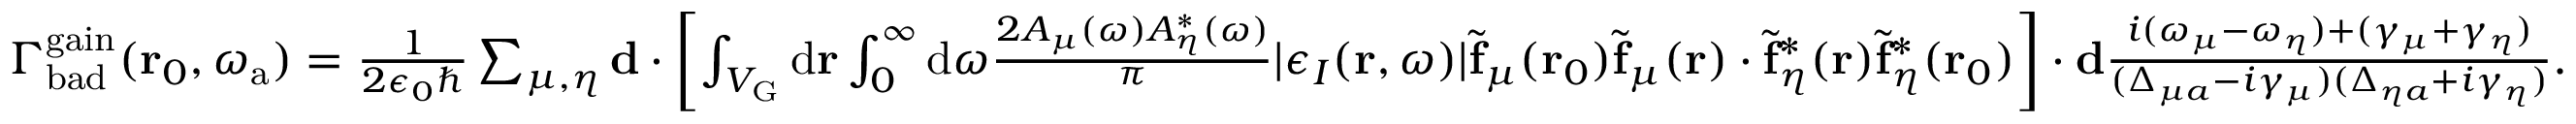
\begin{array} { r } { \Gamma _ { \mathrm { b a d } } ^ { \mathrm { g a i n } } ( \mathbf { r } _ { 0 } , \omega _ { \mathrm { a } } ) = \frac { 1 } { 2 \epsilon _ { 0 } \hbar } \sum _ { \mu , \eta } \mathbf { d } \cdot \left[ \int _ { V _ { \mathrm { G } } } { \mathrm d } { \bf r } \int _ { 0 } ^ { \infty } { \mathrm d } \omega \frac { 2 A _ { \mu } ( \omega ) A _ { \eta } ^ { * } ( \omega ) } { \pi } | \epsilon _ { I } ( \mathbf { r } , \omega ) | \tilde { \mathbf { f } } _ { \mu } ( \mathbf { r } _ { 0 } ) \tilde { \mathbf { f } } _ { \mu } ( \mathbf { r } ) \cdot \tilde { \mathbf { f } } _ { \eta } ^ { * } ( \mathbf { r } ) \tilde { \mathbf { f } } _ { \eta } ^ { * } ( \mathbf { r } _ { 0 } ) \right] \cdot \mathbf { d } \frac { i ( \omega _ { \mu } - \omega _ { \eta } ) + ( \gamma _ { \mu } + \gamma _ { \eta } ) } { ( \Delta _ { \mu a } - i \gamma _ { \mu } ) ( \Delta _ { \eta a } + i \gamma _ { \eta } ) } . } \end{array}